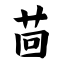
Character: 茴